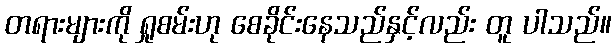
တရားများကို ရှုစမ်းဟု စေခိုင်းနေသည်နှင့်လည်း တူ ပါသည်။